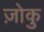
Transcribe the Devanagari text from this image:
ज़ोकु